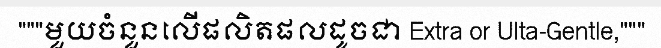
"""មួយចំនួនលើផលិតផលដូចជា Extra or Ulta-Gentle,"""